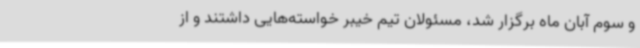
و سوم آبان ماه برگزار شد، مسئولان تیم خیبر خواسته‌هایی داشتند و از